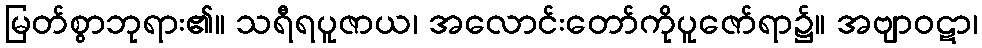
မြတ်စွာဘုရား၏။ သရီရပူဇာယ၊ အလောင်းတော်ကိုပူဇော်ရာ၌။ အဗျာဝဋာ၊